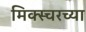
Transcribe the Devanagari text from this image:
मिक्स्चरच्या